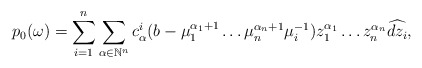
\begin{align*}p_0(\omega)=\sum\limits _{i=1} ^{n} \sum\limits _{\alpha \in \mathbb{N}^n}c_\alpha ^i (b-\mu_1 ^{\alpha_1+1}\dots \mu_n ^{\alpha_n+1}\mu_i ^{-1}) z_1^{\alpha_1} \dots z_n ^{\alpha_n}\widehat{dz_i},\end{align*}